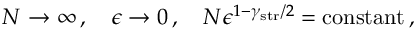
N \rightarrow \infty \, , \quad \epsilon \rightarrow 0 \, , \quad N \epsilon ^ { 1 - \gamma _ { \mathrm { s t r } } / 2 } = \mathrm { c o n s t a n t } \, ,